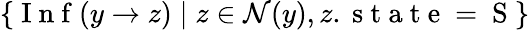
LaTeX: \{ \mathrm{~I~n~f~}(y\to z)\; |\; z\in\mathcal{N}(y),z.\mathrm{~s~t~a~t~e~=~S~}\}